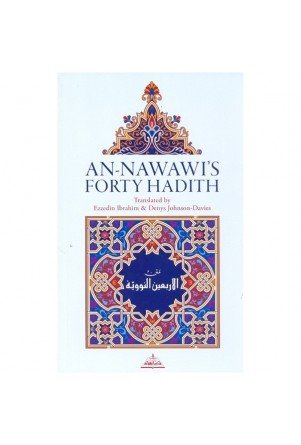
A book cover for An-Nawawi's Forty Hadith; Imam Yahya An Nawawi; Religion & Spirituality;